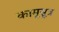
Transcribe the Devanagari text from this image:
कामूसूत्र